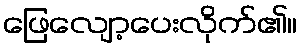
ဖြေလျော့ပေးလိုက်၏။